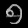
Digit: ၅